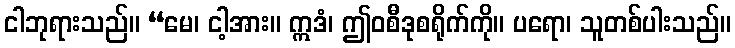
ငါဘုရားသည်။ “မေ၊ ငါ့အား။ ဣဒံ၊ ဤဝစီဒုစရိုက်ကို။ ပရော၊ သူတစ်ပါးသည်။